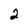
Character: 2